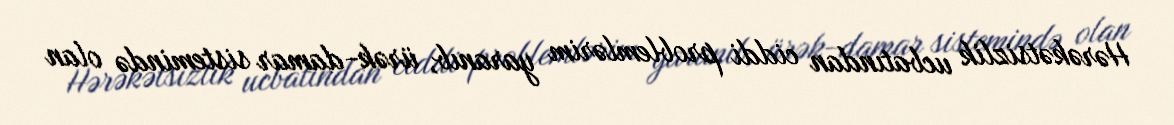
Hərəkətsizlik ucbatından ciddi problemlərim yaranıb, ürək-damar sistemində olan